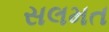
સલમત